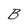
Character: B